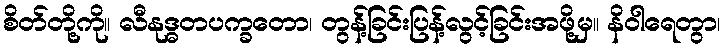
စိတ်တို့ကို။ လီနုဒ္ဓတပက္ခတော၊ တွန့်ခြင်းပြန့်လွင့်ခြင်းအဖို့မှ။ နိဝါရေတွာ၊